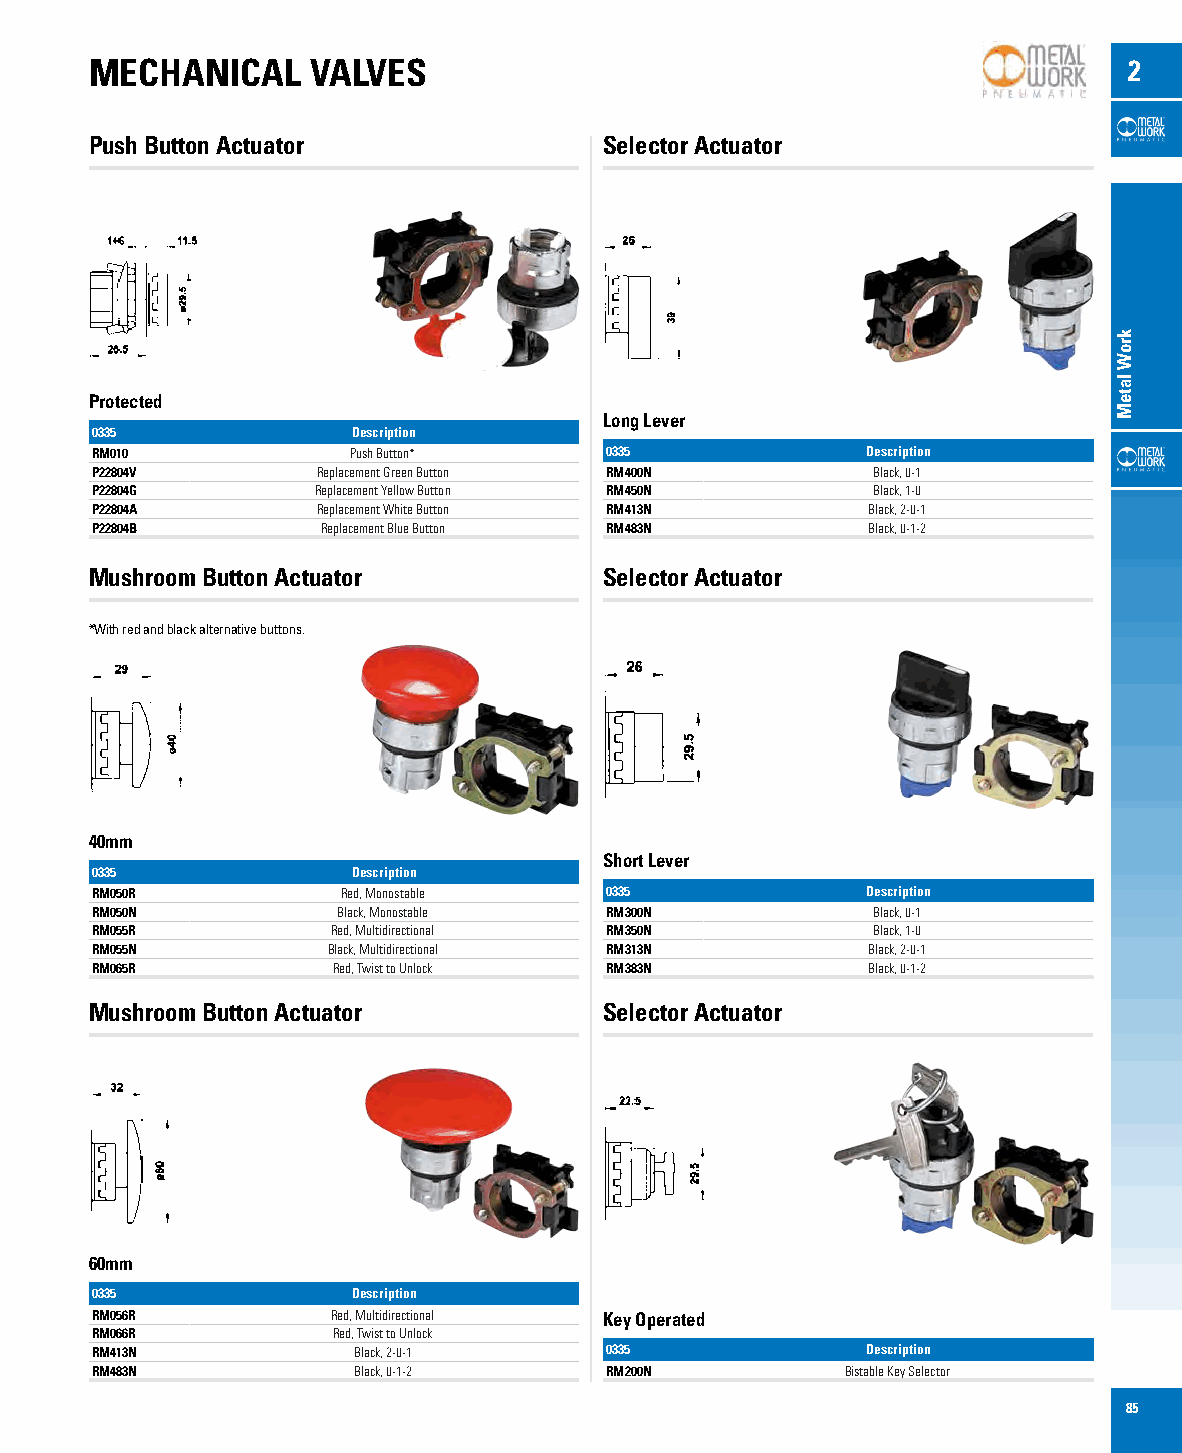
MECHANICAL    VALVES                                                 2
 Push Button Actuator              Selector Actuator
 Protected
 Long Lever
 0335             Description
 RM010            Push Button*     0335             Description
 P22804V        Replacement Green Button RM400N      Black, 0-1
 P22804G        Replacement Yellow Button RM450N     Black, 1-0
 P22804A        Replacement White Button RM413N     Black, 2-0-1
 P22804B        Replacement Blue Button RM483N      Black, 0-1-2
 Mushroom Button Actuator          Selector Actuator
 *With red and black alternative buttons.
 40mm
 Short Lever
 0335             Description
 RM050R           Red, Monostable  0335             Description
 RM050N          Black, Monostable RM300N            Black, 0-1
 RM055R          Red, Multidirectional RM350N        Black, 1-0
 RM055N          Black, Multidirectional RM313N     Black, 2-0-1
 RM065R          Red, Twist to Unlock RM383N        Black, 0-1-2
 Mushroom Button Actuator          Selector Actuator
 60mm
 0335             Description
 RM056R          Red, Multidirectional Key Operated
 RM066R          Red, Twist to Unlock
 RM413N           Black, 2-0-1     0335             Description
 RM483N           Black, 0-1-2     RM200N          Bistable Key Selector
 85
 kroW
 lateM